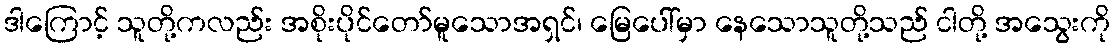
ဒါကြောင့် သူတို့ကလည်း အစိုးပိုင်တော်မူသောအရှင်၊ မြေပေါ်မှာ နေသောသူတို့သည် ငါတို့ အသွေးကို